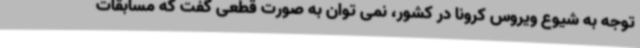
توجه به شیوع ویروس کرونا در کشور، نمی توان به صورت قطعی گفت که مسابقات